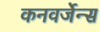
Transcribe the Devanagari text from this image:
कनवर्जेन्स